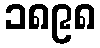
၁၈၉၈